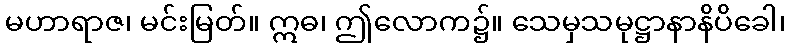
မဟာရာဇ၊ မင်းမြတ်။ ဣဓ၊ ဤလောက၌။ သေမှသမုဋ္ဌာနာနိပိခေါ၊